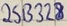
Text: 25B328